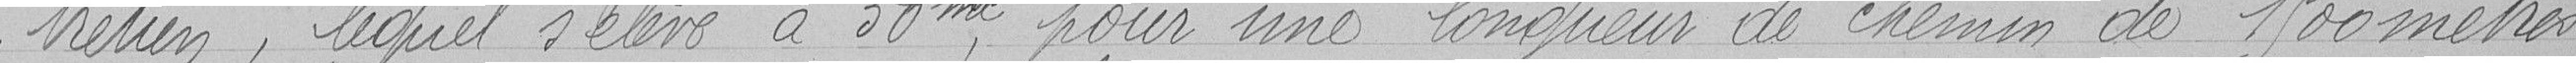
tretien, lequel s'élève à 50 mètres cube, pour une longueur de chemin de 1900 mètres.